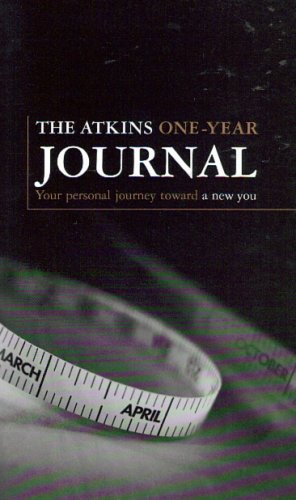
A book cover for The Atkins One-Year Journal: Your Personal Journey Toward a New You; Robert C. Atkinds; Health, Fitness & Dieting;